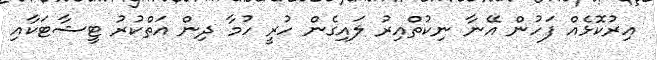
އިރުކޮޅެއް ފަހުން އޭނާ ނިކުތްއިރު ލައިގެން ހުރީ ހުމާ ދިން އަތްކުރު ޓީޝާޓަކާއި